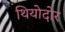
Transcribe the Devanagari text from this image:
थियोदोर